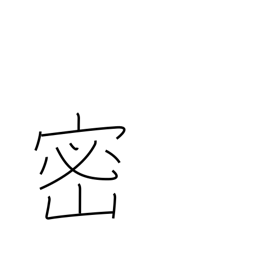
Meaning: density (pop)